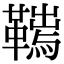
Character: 𩌮